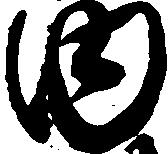
内